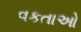
વકતાઓ